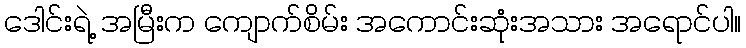
ဒေါင်းရဲ့ အမြီးက ကျောက်စိမ်း အကောင်းဆုံးအသား အရောင်ပါ။